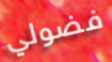
فضولي